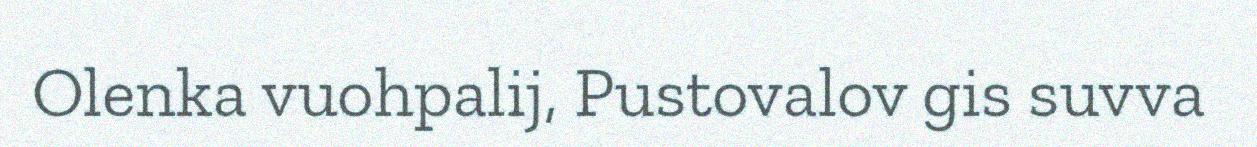
Olenka vuohpalij, Pustovalov gis suvva